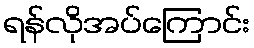
ရန်လိုအပ်ကြောင်း